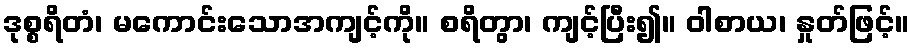
ဒုစ္စရိတံ၊ မကောင်းသောအကျင့်ကို။ စရိတွာ၊ ကျင့်ပြီး၍။ ဝါစာယ၊ နှုတ်ဖြင့်။